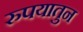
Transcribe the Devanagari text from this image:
रुपयातुन